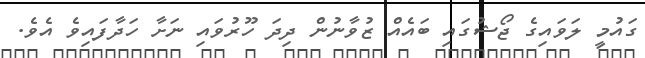
ގައުމީ ލަވައިގެ ޖޯޝުގައި ބައެއް ޒުވާނުން ދިދަ ހޫރުވައި ނަށާ ހަދާފައިވެ އެވެ.